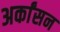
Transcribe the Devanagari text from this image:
अर्कांसन